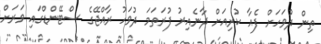
ތިން ދުވަހަށް ފެއާ ކުރިއަށް ދާނެއިރު ފުރަތަމަ ދުވަހު ރާއްޖޭގެ ސްޓޭންޑްގައި ވަރަށް